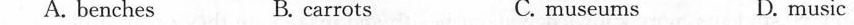
A. benches B. carrots C. museums D. music